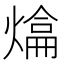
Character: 𤍼